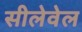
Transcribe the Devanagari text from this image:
सीलेवेल